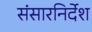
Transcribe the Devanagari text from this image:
संसारनिर्देश